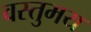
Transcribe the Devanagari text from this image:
वस्तुमय